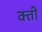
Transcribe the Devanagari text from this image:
क्ती